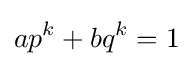
ap^{k}+bq^{k}=1